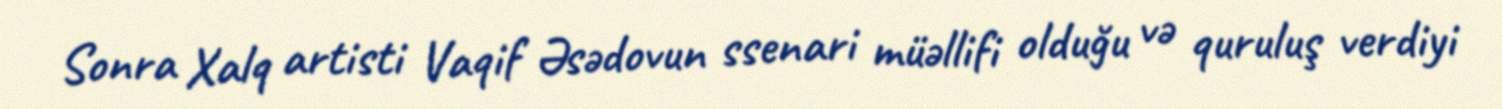
Sonra Xalq artisti Vaqif Əsədovun ssenari müəllifi olduğu və quruluş verdiyi